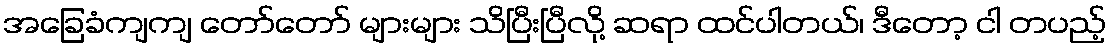
အခြေခံကျကျ တော်တော် များများ သိပြီးပြီလို့ ဆရာ ထင်ပါတယ်၊ ဒီတော့ ငါ တပည့်